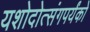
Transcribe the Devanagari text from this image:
यशोदोत्संगपर्यंको